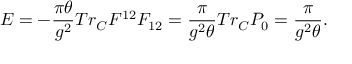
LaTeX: E = - \frac { \pi \theta } { g ^ { 2 } } T r _ { C } F ^ { 1 2 } F _ { 1 2 } = \frac { \pi } { g ^ { 2 } \theta } T r _ { C } P _ { 0 } = \frac { \pi } { g ^ { 2 } \theta } .